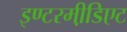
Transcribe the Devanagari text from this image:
इण्टरमी़डिएट